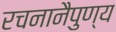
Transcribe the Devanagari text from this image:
रचनानैपुण्य